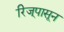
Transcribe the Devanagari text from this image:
रिज्‌पासून